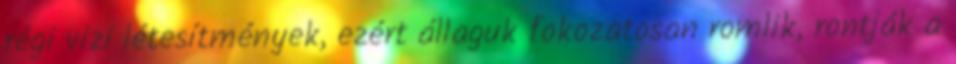
régi vizi létesítmények, ezért állaguk fokozatosan romlik, rontják a